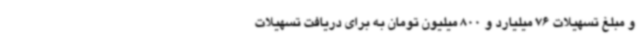
و مبلغ تسهیلات 76 میلیارد و 800 میلیون تومان به برای دریافت تسهیلات